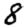
Digit: 8